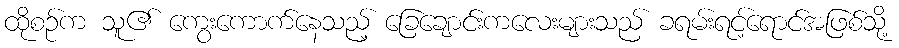
ထိုစဉ်က သူ၏ ကွေးကောက်နေသည့် ခြေချောင်းကလေးများသည် ခရမ်းရင့်ရောင်အဖြစ်သို့